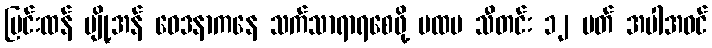
ပြင်းထန် ပျို့အန် ဝေဒနာကနေ သက်သာရာရစေဖို့ ပထမ သီတင်း ၁၂ ပတ် အပါအဝင်